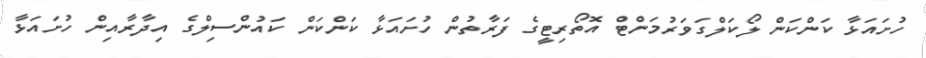
ހުށައަޅާ ކަންކަން ލޯކަލްގަވަރުމަންޓް އޮތޯރިޓީގެ ފަރާތުން ހުށައަޅާ ކަންކަން ކައުންސިލްގެ އިދާރާއިން ހުށައަޅާ